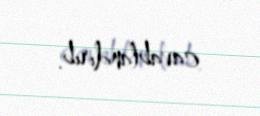
cavablandırıb.